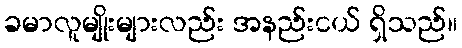
ခမာလူမျိုးများလည်း အနည်းငယ် ရှိသည်။